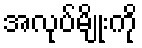
အလုပ်မျိုးကို